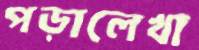
পড়ালেখা